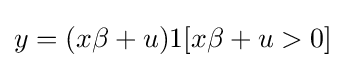
y=(x\beta +u)1[x\beta +u>0]